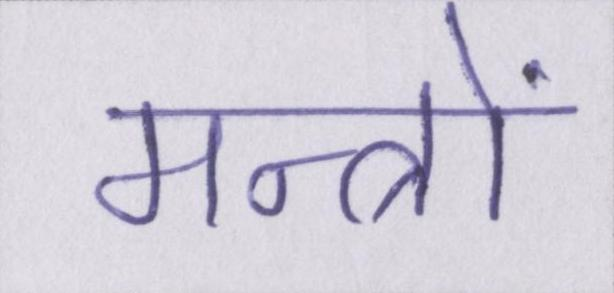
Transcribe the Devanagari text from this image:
मन्त्रों